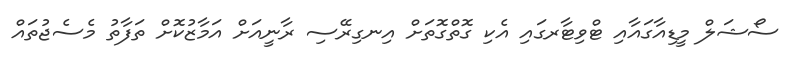
ސޯޝަލް މީޑިއާގައާއި ޓްވިޓާރގައި އެކި ގޮތްގޮތަށް އިނގިރޭސި ރާނީއަށް އަމާޒުކޮށް ތަފާތު މެސެޖުތައް